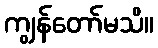
ကျွန်တော်မသိ။